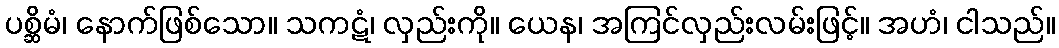
ပစ္ဆိမံ၊ နောက်ဖြစ်သော။ သကဋံ၊ လှည်းကို။ ယေန၊ အကြင်လှည်းလမ်းဖြင့်။ အဟံ၊ ငါသည်။